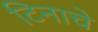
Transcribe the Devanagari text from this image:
टिनाचे